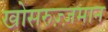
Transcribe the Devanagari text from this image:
खोसरुज़्ज़मान